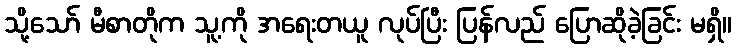
သို့သော် မီစာတိုက သူ့ကို အရေးတယူ လုပ်ပြီး ပြန်လည် ပြောဆိုခဲ့ခြင်း မရှိ။